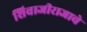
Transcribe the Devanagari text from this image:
शिवाजीराजाचे